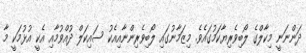
ދަންނަނީ މިކާލްގެ ލޯބިވެރިޔާކަމުގައެވެ. މިޒަމާނުގައި ލޯބިވެރިންނާއިއެކު ސައިކަލް ދުއްވުމާއި އެކީ އުޅުމަކީ މާ